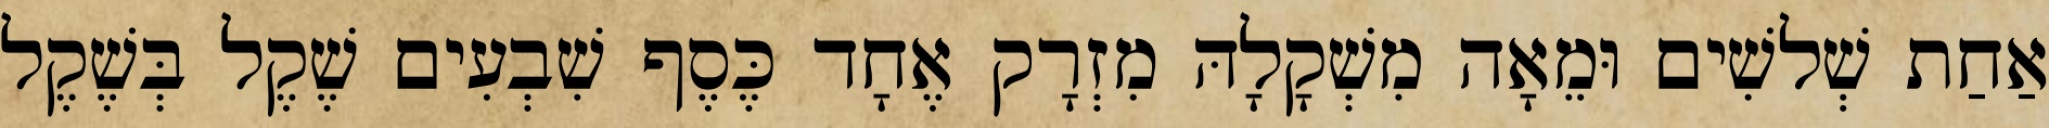
אַחַת שְׁלשִׁים וּמֵאָה מִשְׁקָלָהּ מִזְרָק אֶחָד כֶּסֶף שִׁבְעִים שֶׁקֶל בְּשֶׁקֶל